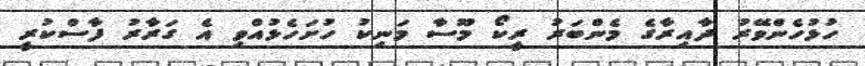
ހުޅުހެންވޭރު ދާއިރާގެ މެންބަރު ރީކޯ މޫސާ މަނިކު ހުށަހެޅުއްވި އެ ގަރާރު ފާސްކުރީ